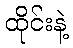
ထိုင်းနဲ့